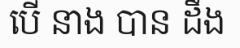
បើ នាង បាន ដឹង